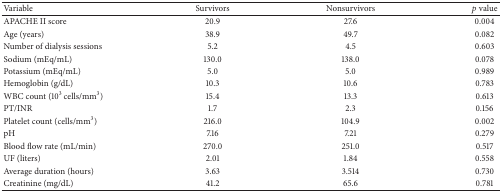
<table><thead><tr><td><b>Variable</b></td><td><b>Survivors</b></td><td><b>Nonsurvivors</b></td><td><b><i>p</i> value</b></td></tr></thead><tbody><tr><td>APACHE II score</td><td>20.9</td><td>27.6</td><td>0.004</td></tr><tr><td>Age (years)</td><td>38.9</td><td>49.7</td><td>0.082</td></tr><tr><td>Number of dialysis sessions</td><td>5.2</td><td>4.5</td><td>0.603</td></tr><tr><td>Sodium (mEq/mL)</td><td>130.0</td><td>138.0</td><td>0.078</td></tr><tr><td>Potassium (mEq/mL)</td><td>5.0</td><td>5.0</td><td>0.989</td></tr><tr><td>Hemoglobin (g/dL)</td><td>10.3</td><td>10.6</td><td>0.783</td></tr><tr><td>WBC count (10<sup>3</sup> cells/mm<sup>3</sup>)</td><td>15.4</td><td>13.3</td><td>0.613</td></tr><tr><td>PT/INR</td><td>1.7</td><td>2.3</td><td>0.156</td></tr><tr><td>Platelet count (cells/mm<sup>3</sup>)</td><td>216.0</td><td>104.9</td><td>0.002</td></tr><tr><td>pH</td><td>7.16</td><td>7.21</td><td>0.279</td></tr><tr><td>Blood flow rate (mL/min)</td><td>270.0</td><td>251.0</td><td>0.517</td></tr><tr><td>UF (liters)</td><td>2.01</td><td>1.84</td><td>0.558</td></tr><tr><td>Average duration (hours)</td><td>3.63</td><td>3.514</td><td>0.730</td></tr><tr><td>Creatinine (mg/dL)</td><td>41.2</td><td>65.6</td><td>0.781</td></tr></tbody></table>